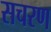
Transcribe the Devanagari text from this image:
सचरण